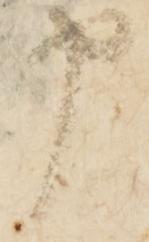
申